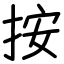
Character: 按